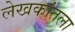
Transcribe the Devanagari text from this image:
लेखकांतला